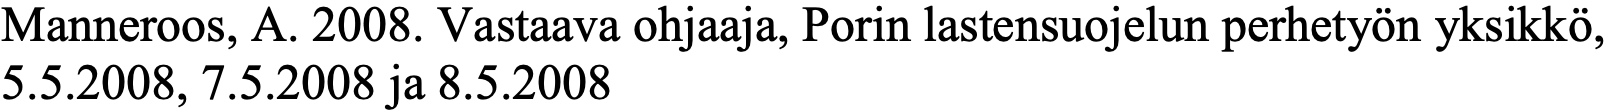
Manneroos, A. 2008. Vastaava ohjaaja, Porin lastensuojelun perhetyön yksikkö, 5.5.2008, 7.5.2008 ja 8.5.2008